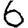
Digit: 6